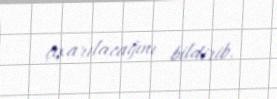
çıxarılacağını bildirib.